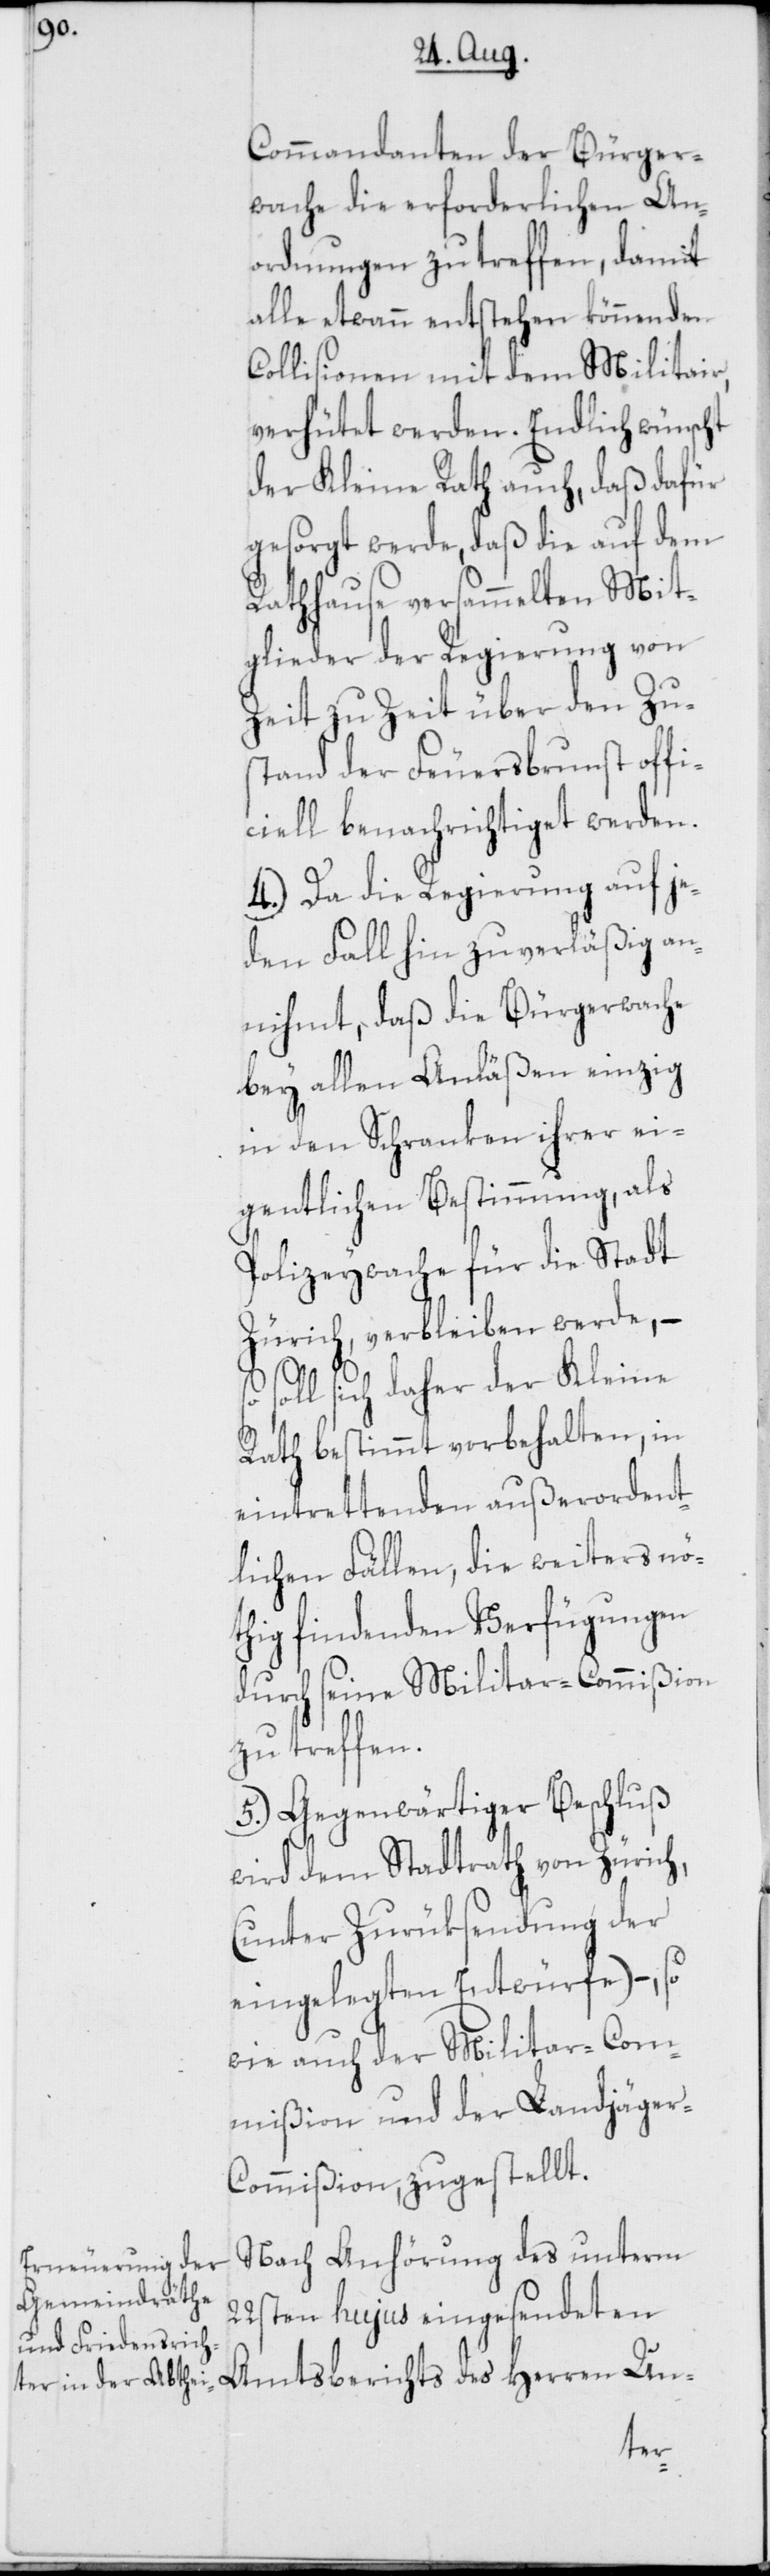
Commandanten der Bürger¬
wache die erforderlichen An¬
ordnungen zu treffen, damit
alle etwann entstehen könnenden
Collisionen mit dem Militair
verhütet werden. Endlich wünscht
der Kleine Rath auch, daß dafür
gesorgt werde, daß die auf dem
Rathhause versammelten Mit¬
glieder der Regierung von
Zeit zu Zeit über den Zus¬
tand der Feuersbrunst offi¬
ciell benachrichtiget werden.
4.) Da die Regierung auf je¬
den Fall hin zuverläßig an¬
nihmt, daß die Bürgerwache
bey allen Anläßen einzig
in den Schranken ihrer ei¬
gentlichen Bestimmung, als
Polizeywache für die Stadt
Zürich, verbleiben werde, –
soll sich daher der Kleine
Rath bestimmt vorbehalten, in
eintrettenden außerordent¬
lichen Fällen, die weiters nö¬
thig findenden Verfügungen
durch seine Militar-Commißion
zu treffen.
5.) Gegenwärtiger Beschluß
wird dem Stadtrath von Zürich,
(unter Zurüksendung der
eingelegten Entwürfe) –, so
wie auch der Militar-Com¬
mißion und der Landjäge¬
r-Commißion, zugestellt.
Nach Anhörung des unterm
22sten hujus eingesendeten
Amtsberichts des Herren Un-